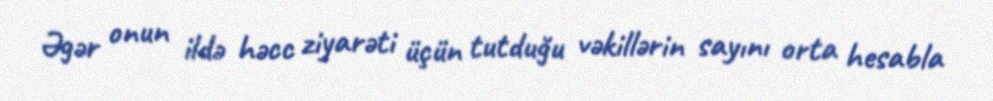
Əgər onun ildə həcc ziyarəti üçün tutduğu vəkillərin sayını orta hesabla